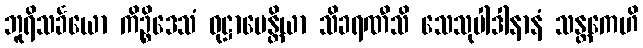
ဘူရိသင်္ခယော ကိဉ္စိဒေသံ ဝုဋ္ဌာပေန္တိယာ သိခရဏီသိ သေသုပါဒါနာနံ သန္တကေဟိ